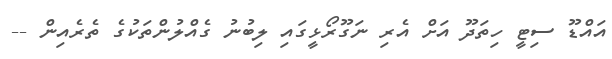
އައްޑޫ ސިޓީ ހިތަދޫ އަށް އެރި ނަގޫރޯޅީގައި ލިބުނު ގެއްލުންތަކުގެ ތެރެއިން --